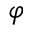
\varphi